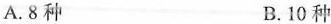
A. 8种 B. 10种